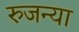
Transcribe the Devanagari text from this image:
रुजन्या